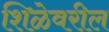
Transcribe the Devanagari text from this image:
शिळेवरील